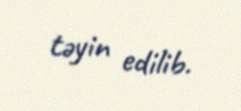
təyin edilib.